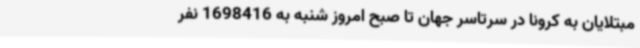
مبتلایان به کرونا در سرتاسر جهان تا صبح امروز شنبه به 1698416 نفر